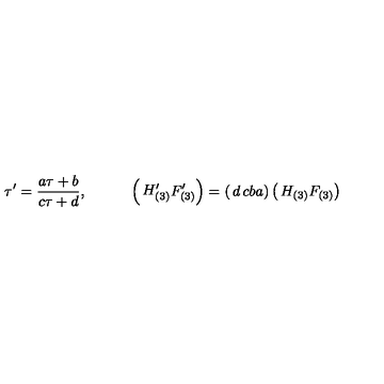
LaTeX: \tau ^ { \prime } = \frac { a \tau + b } { c \tau + d } , \quad \quad \quad \left( \begin{matrix} { H _ { ( 3 ) } ^ { \prime } } \\ { F _ { ( 3 ) } ^ { \prime } } \\ \end{matrix} \right) = \left( \begin{matrix} { d } & { c } \\ { b } & { a } \\ \end{matrix} \right) \left( \begin{matrix} { H _ { ( 3 ) } } \\ { F _ { ( 3 ) } } \\ \end{matrix} \right) \